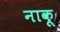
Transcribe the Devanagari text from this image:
नाकू